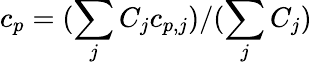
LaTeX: c_{p}=(\sum_{j}C_{j}c_{p,j})/(\sum_{j}C_{j})